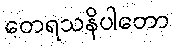
တေရသနိပါတော